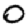
Digit: 0